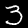
Label: 3